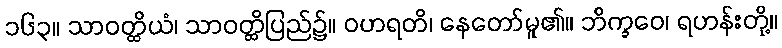
၁၆၃။ သာဝတ္ထိယံ၊ သာဝတ္ထိပြည်၌။ ဝဟရတိ၊ နေတော်မူ၏။ ဘိက္ခဝေ၊ ရဟန်းတို့။